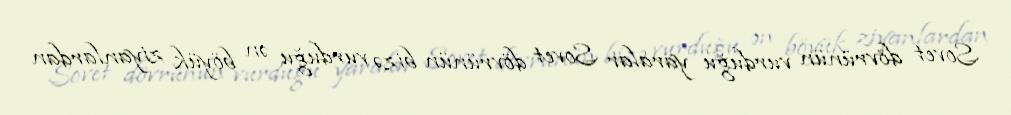
Sovet dövrünün vurduğu yaralar Sovet dövrünün bizə vurduğu ən böyük ziyanlardan